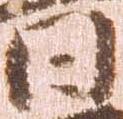
日